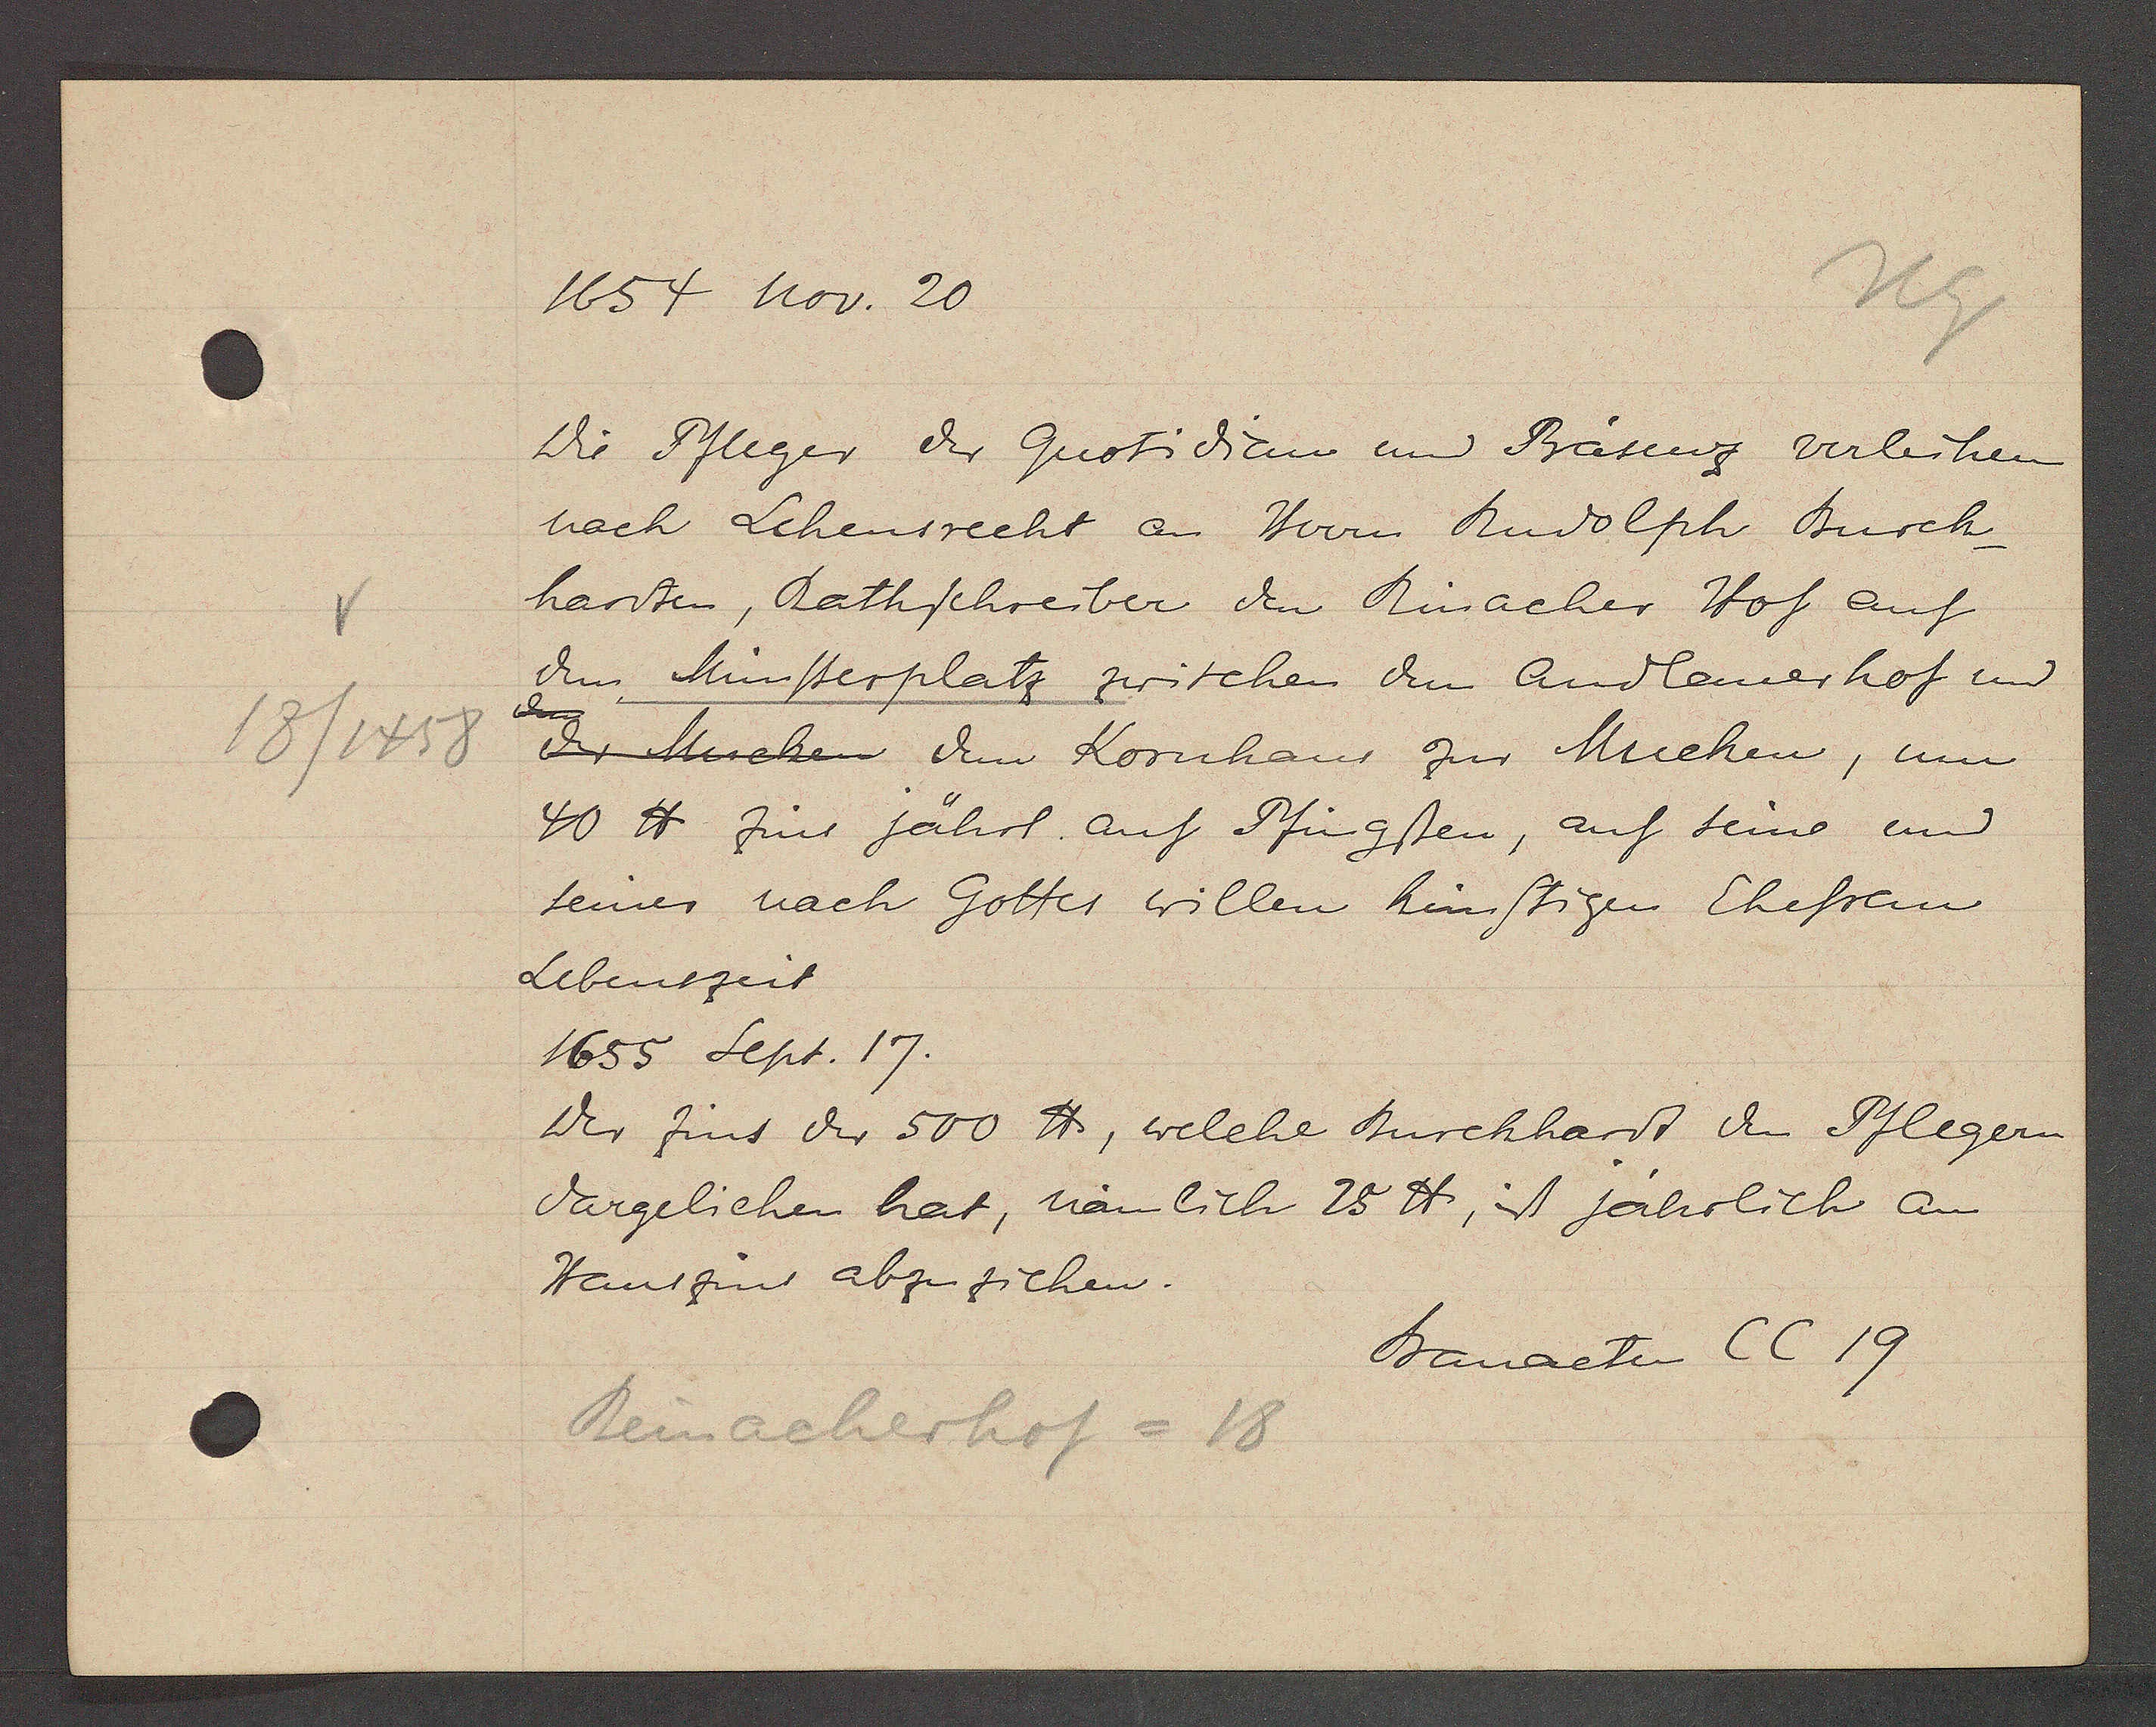
Transcript:
18/1458

1654 nov. 20

die Pfleger der Quotidian und Präsenz verleihen
nach Lehensrecht an Herrn Rudolph Burch¬
hardten, Rathschreiber den Rinacher Hof auf
dem Münsterplatz zwischen dem Andlenerhof und
der Muchen dem Kornhaus zur Mucken, um
40 ℔ zins jährl. auf Pfingsten, auf seine und
seiner nach Gottes willen künftigen Ehefrau
Lebenszeit
1655 Sept. 17.
Der Zins der 500 ℔, welche Burckhardt den Pflegern
dargeliehen hat, nämlich 25 ℔, is jährlich an
Hauszins abzuzichen.

Reinacherhof = 18

Bauacten CC 19